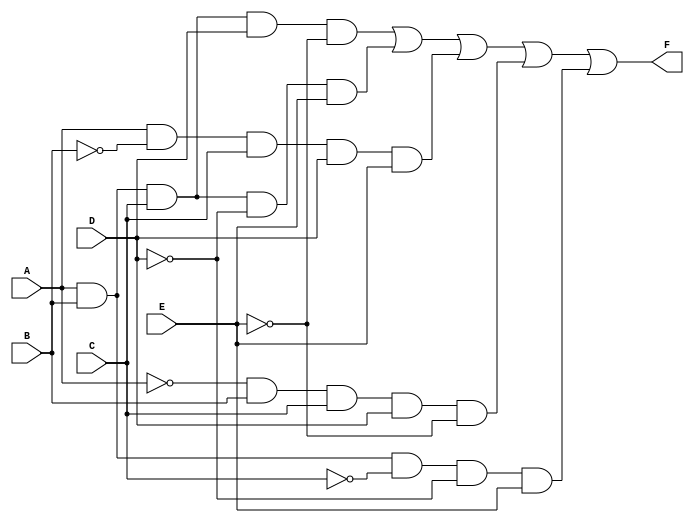
module KMap5Variable (
    input wire A,   // Input A
    input wire B,   // Input B
    input wire C,   // Input C
    input wire D,   // Input D
    input wire E,   // Input E
    output wire F   // Output F
);

// The output F is derived from the K-map. Here we define it
// based on assumed minterms. Replace this with your actual logic.
assign F = (A & B & C & D & ~E) |  // minterm for ABCDE = 11110
           (A & B & C & ~D & E) |  // minterm for ABCDE = 11101
           (A & ~B & C & D & E) |  // minterm for ABCDE = 10111
           (~A & B & C & D & ~E) | // minterm for ABCDE = 01110
           (A & B & ~C & ~D & E);  // minterm for ABCDE = 11001
           // Add all other necessary terms based on your K-map

endmodule